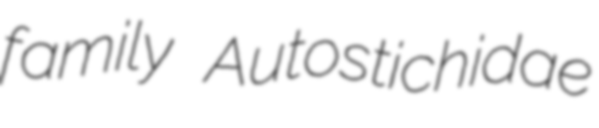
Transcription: family Autostichidae